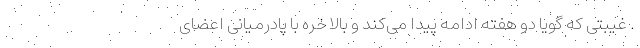
. غیبتی که گویا دو هفته ادامه پیدا می‌کند و بالاخره با پادرمیانی اعضای